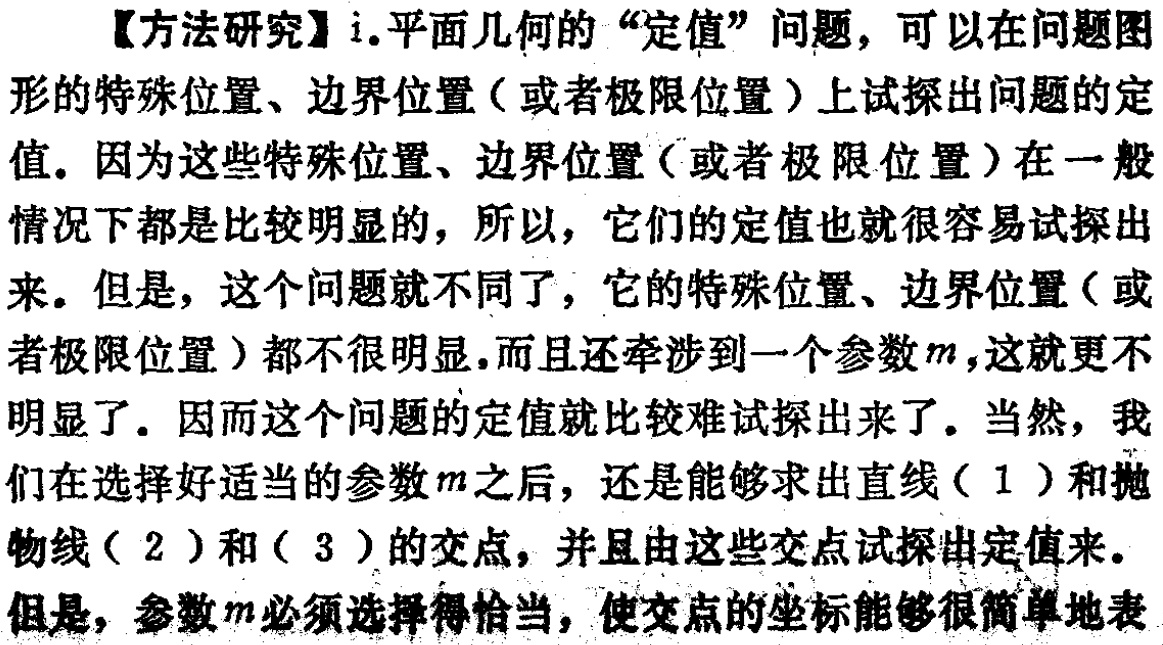
【方法研究】i.平面几何的“定值”问题，可以在问题图形的特殊位置、边界位置（或者极限位置）上试探出问题的定值。因为这些特殊位置、边界位置（或者极限位置）在一般情况下都是比较明显的，所以，它们的定值也就很容易试探出来。但是，这个问题就不同了，它的特殊位置、边界位置（或者极限位置）都不很明显，而且还牵涉到一个参数\(m\)，这就更不明显了。因而这个问题的定值就比较难试探出来了。当然，我们在选择好适当的参数\(m\)之后，还是能够求出直线（1）和抛物线（2）和（3）的交点，并且由这些交点试探出定值来。但是，参数\(m\)必须选择得恰当，使交点的坐标能够很简单地表